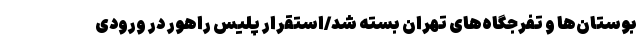
بوستان‌ها و تفرجگاه‌های تهران بسته شد/استقرار پلیس راهور در ورودی